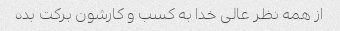
از همه نظر عالی خدا به کسب و کارشون برکت بده